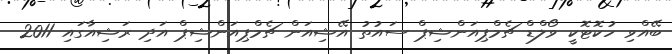
ބޭއްވި ހުކޮޓޮކީ ވޯލްޑް ޗެމްޕިއަންޝިޕް ސައުތު އޭޝިއަން ޗެމްޕިއަންޝިޕް އަދި ރަޝިއާގައި 2011